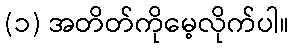
(၁) အတိတ်ကိုမေ့လိုက်ပါ။